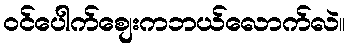
ဝင်ပေါက်စျေးကဘယ်လောက်လဲ။